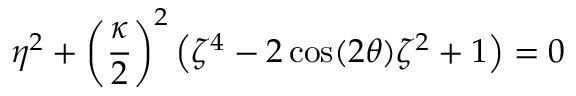
\eta ^ { 2 } + \left( \frac { \kappa } { 2 } \right) ^ { 2 } \left( \zeta ^ { 4 } - 2 \cos ( 2 \theta ) \zeta ^ { 2 } + 1 \right) = 0